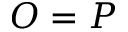
O = P